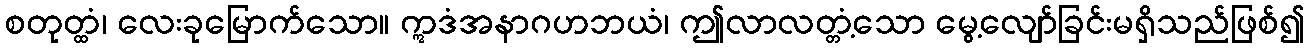
စတုတ္ထံ၊ လေးခုမြောက်သော။ ဣဒံအနာဂဟဘယံ၊ ဤလာလတ္တံ့သော မွေ့လျော်ခြင်းမရှိသည်ဖြစ်၍